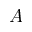
A